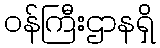
ဝန်ကြီးဌာနရှိ